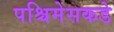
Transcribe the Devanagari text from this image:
पश्चिमेसकडे